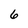
Character: 6